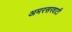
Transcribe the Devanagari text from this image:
अमरसरवाटी